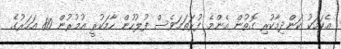
އެކަމަކު ކަންދިމާކުރި ގޮތުން އެންމެ ފުރަތަމަވެސް ފުލުހުން ހާމަކުރީ އުމުރުން 80 އަހަރުގެ